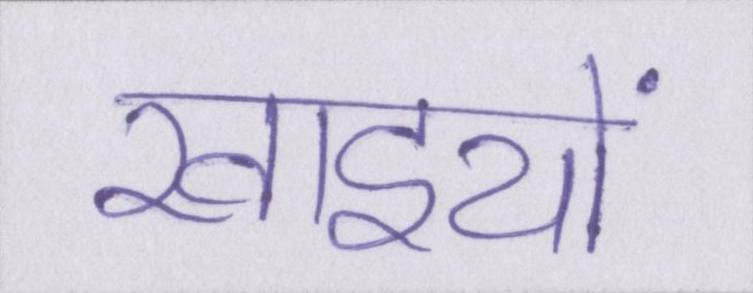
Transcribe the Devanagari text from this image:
खाइयों